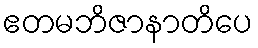
ဧတမဘိဇာနာတိပေ